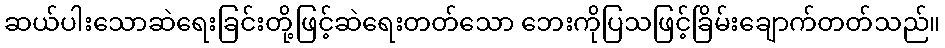
ဆယ်ပါးသောဆဲရေးခြင်းတို့ဖြင့်ဆဲရေးတတ်သော ဘေးကိုပြသဖြင့်ခြိမ်းချောက်တတ်သည်။